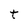
Character: t